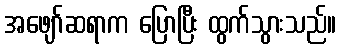
အဖျော်ဆရာက ပြောပြီး ထွက်သွားသည်။